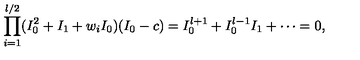
\prod _ { i = 1 } ^ { l / 2 } ( I _ { 0 } ^ { 2 } + I _ { 1 } + w _ { i } I _ { 0 } ) ( I _ { 0 } - c ) = I _ { 0 } ^ { l + 1 } + I _ { 0 } ^ { l - 1 } I _ { 1 } + \cdots = 0 ,